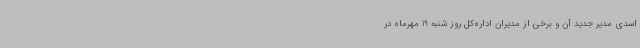
اسدی مدیر جدید آن و برخی از مدیران اداره‌کل روز شنبه 19 مهرماه در